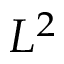
L ^ { 2 }